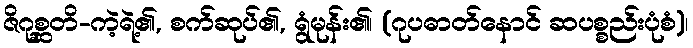
ဇိဂုစ္ဆတိ-ကဲ့ရဲ့၏, စက်ဆုပ်၏, ရွံမုန်း၏၊ (ဂုပဓာတ်နောင် ဆပစ္စည်းပုံစံ)၊